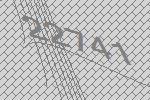
22741